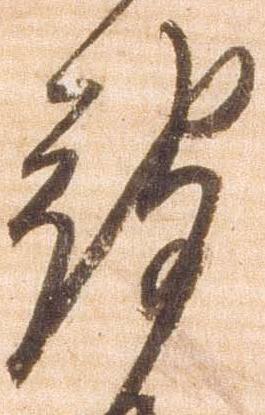
被